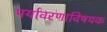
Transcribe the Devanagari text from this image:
पर्यावरणाविषयक